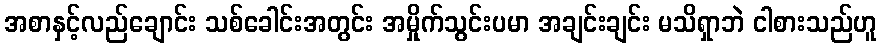
အစာနှင့်လည်ချောင်း သစ်ခေါင်းအတွင်း အမှိုက်သွင်းပမာ အချင်းချင်း မသိရှာဘဲ ငါစားသည်ဟူ